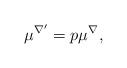
LaTeX: \begin{align*}\mu^{\nabla'} = p \mu^{\nabla},\end{align*}